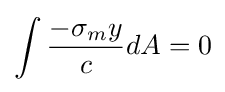
\int {\frac {-\sigma _{m}y}{c}}dA=0